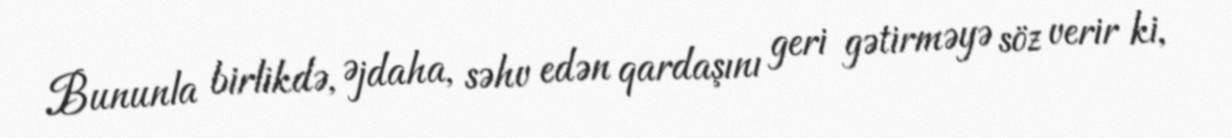
Bununla birlikdə, Əjdaha, səhv edən qardaşını geri gətirməyə söz verir ki,